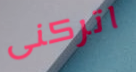
اتركنى